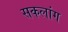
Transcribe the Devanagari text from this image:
सकलांग